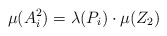
\begin{align*} \mu(A_i^2) = \lambda(P_i) \cdot \mu(Z_2)\end{align*}